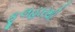
ફૂલહારથી